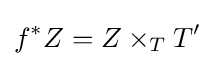
f^{*}Z=Z\times _{T}T'